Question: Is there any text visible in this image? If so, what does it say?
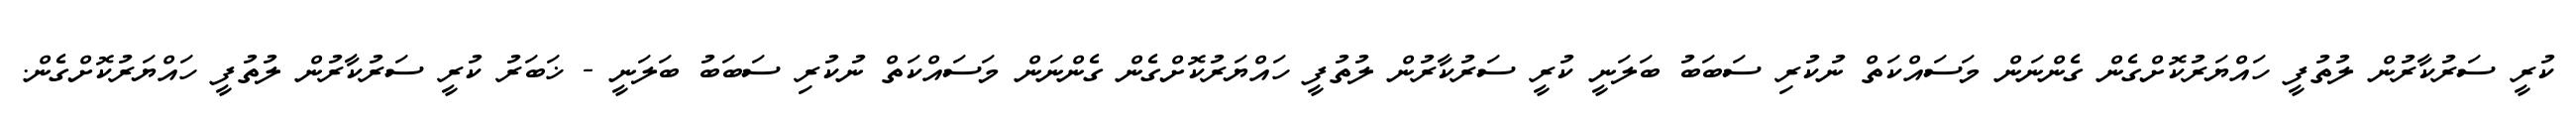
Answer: ކުރީ ސަރުކާރުން ލުތުފީ ހައްޔަރުކޮށްގެން ގެންނަން މަސައްކަތް ނުކުރި ސަބަބު ބަލަނީ ކުރީ ސަރުކާރުން ލުތުފީ ހައްޔަރުކޮށްގެން ގެންނަން މަސައްކަތް ނުކުރި ސަބަބު ބަލަނީ - ޚަބަރު ކުރީ ސަރުކާރުން ލުތުފީ ހައްޔަރުކޮށްގެން.